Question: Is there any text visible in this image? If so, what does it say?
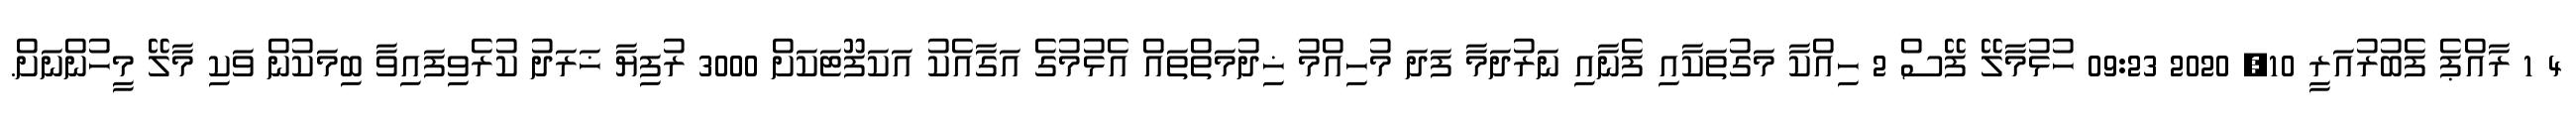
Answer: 4 1 ރާއްޕެ ފެބުރުއަރީ 10, 2020 09:23 ހުޅުމާލޭ ފޭސް 2 ހިއްކާ މަގުތަކާއި ފެނާއި ނަރުދަމާ ފަދަ މުހިއްމު ޚިދުމަތްތައް އެޅުމުގެ އަގާއެކު އަކަފޫޓަކަށް 3000 ރުފިޔާ ޚަރަދު ކުރެވިފައިވާ ބިމަކުން ވަކި މާލޭ މީހުންނަށް.